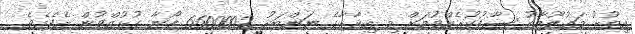
އިތުރު މަޢުލޫމާތު ސާފުކުރެއްވުމަށް މި އިދާރާގެ ނަންބަރު 6600002 ފޯނާ ގުޅުއްވުން އެދެމެވެ.